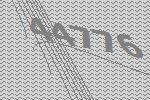
44776